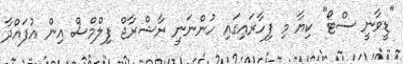
"ޑީވާނީ ސްޓޯ" ކިޔާ މި ފިހާރައިގައި ހުންނަނީ ރާޝްރާޖް ފިލްމްސް އިން އުފައްދާ